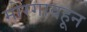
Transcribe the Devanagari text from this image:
मोरगावहून